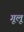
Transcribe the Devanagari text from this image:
गूलू